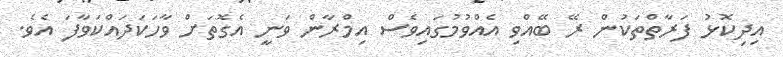
އިދިކޮޅު ފަރާތްތަކުން ރޭ ބޭއްވި އެއްވުމުގައިވެސް އިމްރާން ވަނީ އެގޮތަށް ވާހަކަދައްކަވާފަ އެވެ.